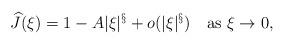
LaTeX: \begin{align*}\widehat{J}(\xi)=1-A|\xi|^\S+o(|\xi|^\S)\quad\mbox{as $\xi\to0$},\end{align*}